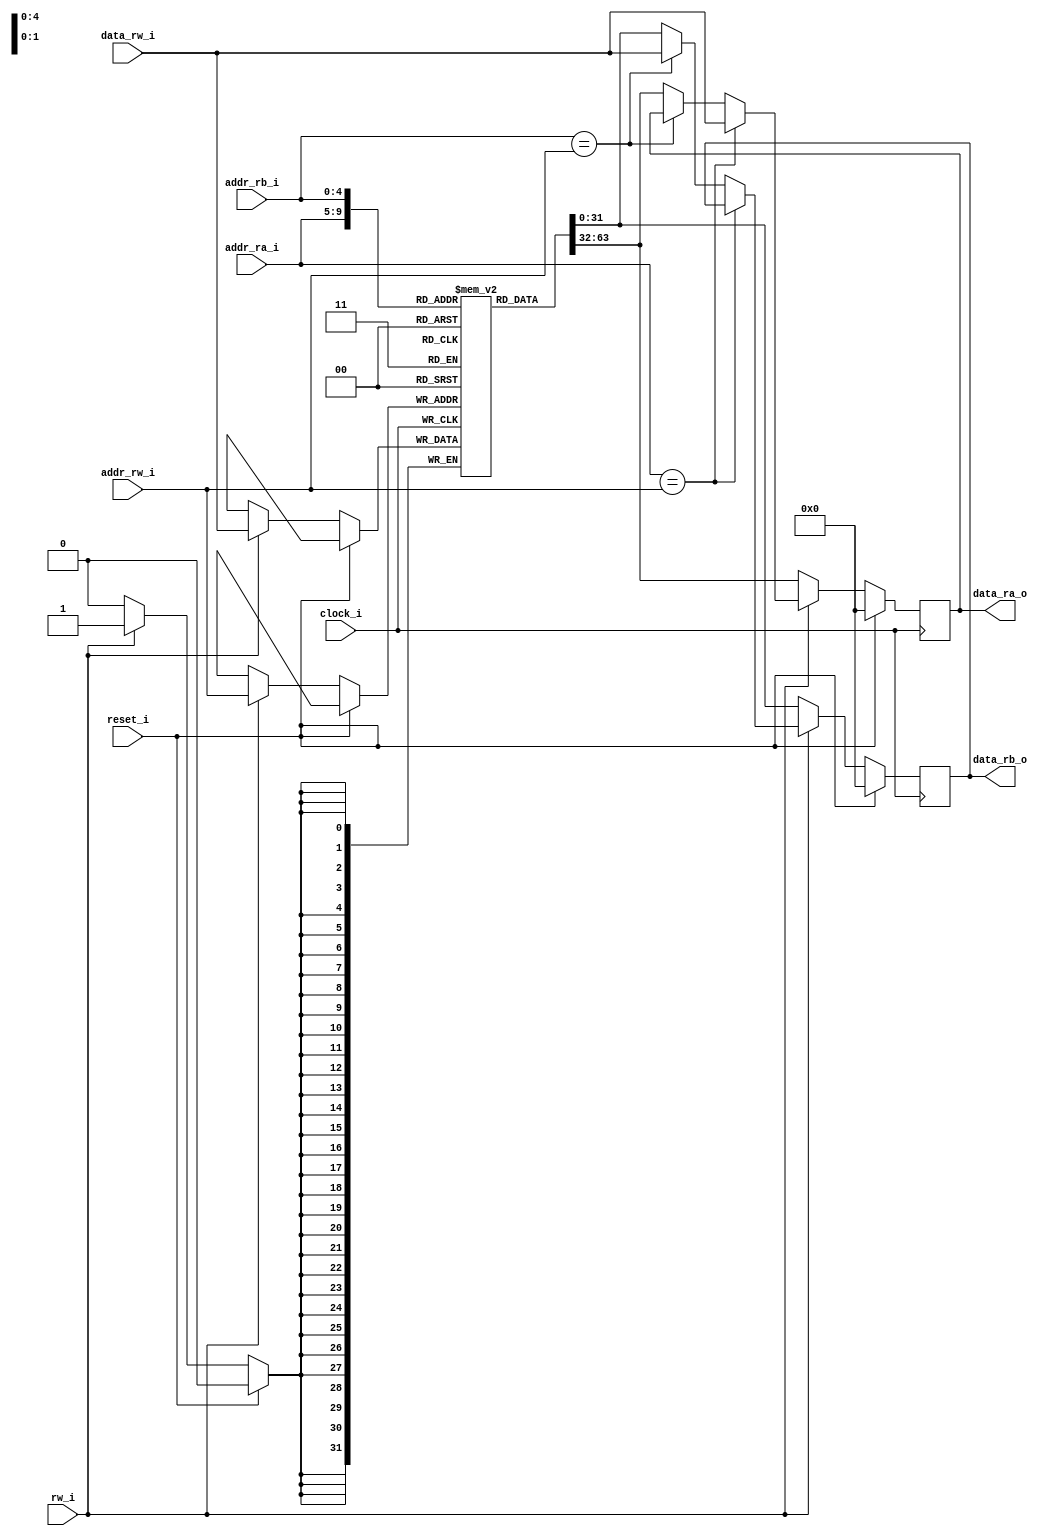


module bank_register
	#(
		parameter NB_REG = 5,
		parameter NB_DATA = 32,
		parameter N_REGISTER = 32		
	)
	( 
		input wire clock_i,
		input wire reset_i,
		input wire rw_i, 
		input wire [NB_REG-1:0] addr_ra_i,
		input wire [NB_REG-1:0] addr_rb_i,
		input wire [NB_REG-1:0] addr_rw_i,
		input wire [NB_DATA-1:0] data_rw_i,

		output reg [NB_DATA-1:0] data_ra_o,
		output reg [NB_DATA-1:0] data_rb_o		
	
	);
	reg [NB_DATA-1:0] registers[N_REGISTER-1:0];  	

    always @(posedge clock_i)
        begin
	        if (reset_i)
	        		begin	        			
						data_ra_o <= 32'b0;
						data_rb_o <= 32'b0;
	        		end        	
        	else if (rw_i)
        		begin
        			registers[addr_rw_i] <= data_rw_i;
        		  /*if (addr_rw_i != 5'b0)
        		  	registers[addr_rw_i] <= data_rw_i;*/
        		  	if (addr_ra_i == addr_rw_i)
        		  		data_ra_o <= data_rw_i;
        		  	else if (addr_rb_i == addr_rw_i)
        		  		data_rb_o <= data_rw_i;
        		  	else
        		  		begin
        		  			
        		  			data_ra_o <= registers[addr_ra_i];
		    				data_rb_o <= registers[addr_rb_i];
        		  		end
        		end
        	else
        		begin    			
        			data_ra_o <= registers[addr_ra_i];
		    		data_rb_o <= registers[addr_rb_i];	
  				end
        end

	    // Inicializacion de registros.
	generate
	    integer i;		
		initial
	    for (i = 0; i < N_REGISTER; i = i + 1)
	        registers[i] = 32'd0; //registers[i] = {NB_DATA{1'b0}};
	endgenerate


endmodule